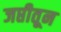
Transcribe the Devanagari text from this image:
जप्तीतून